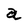
Character: a